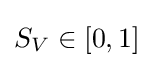
S_{V}\in [0,1]